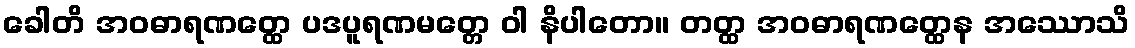
ခေါတိ အဝဓာရဏတ္ထေ ပဒပူရဏမတ္တေ ဝါ နိပါတော။ တတ္ထ အဝဓာရဏတ္ထေန အဿောသိ